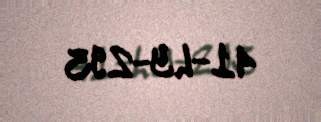
41-LY-293